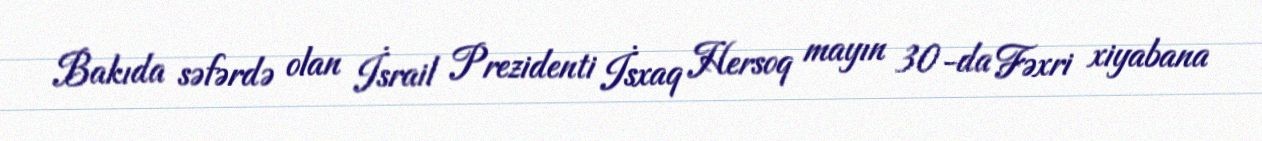
Bakıda səfərdə olan İsrail Prezidenti İsxaq Hersoq mayın 30-da Fəxri xiyabana